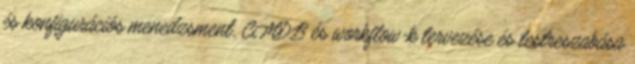
és konfigurációs menedzsment, CMDB és workflow-k tervezése és testreszabása